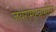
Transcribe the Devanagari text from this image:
जयरामस्वामींना